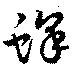
蜂